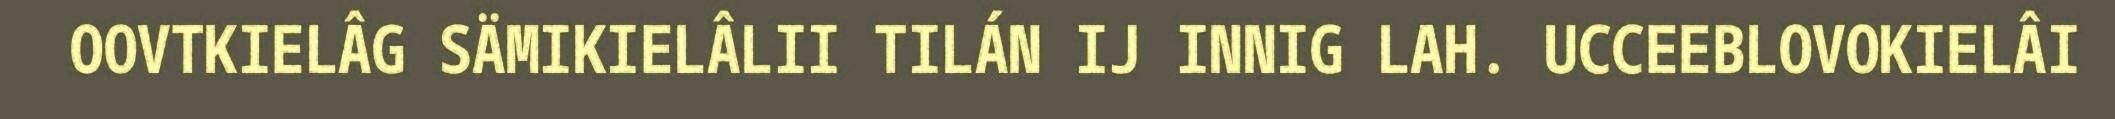
OOVTKIELÂG SÄMIKIELÂLII TILÁN IJ INNIG LAH. UCCEEBLOVOKIELÂI